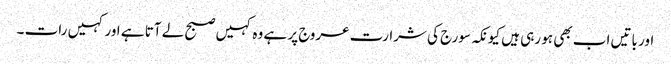
اور باتیں اب بھی ہو رہی ہیں کیونکہ سورج کی شرارت عروج پر ہے وہ کہیں صبح لے آتا ہے اور کہیں رات ۔